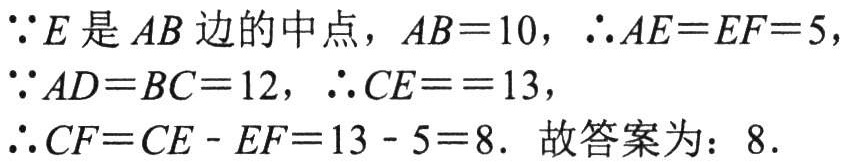
\(\because E是AB边的中点，AB = 10，\therefore AE = EF = 5，\\

\because AD = BC = 12，\therefore CE == 13，\\

\therefore CF = CE - EF = 13 - 5 = 8. 故答案为：8.\)